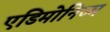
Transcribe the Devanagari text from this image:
एडिमोनिज्म